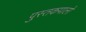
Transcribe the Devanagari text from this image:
पुस्तकपालों